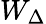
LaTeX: W_{\Delta}